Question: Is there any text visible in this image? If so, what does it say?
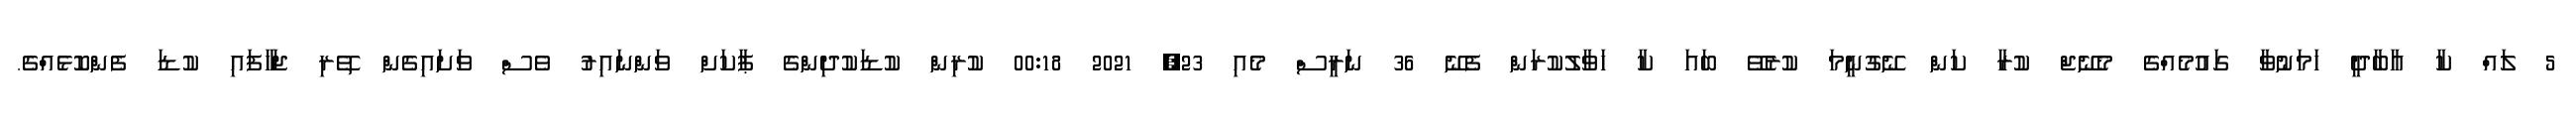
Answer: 5 ލައް ކާ އާބާދީ ހަމަނުވާ ގައުމެއްގެ މެނޭޖް ކުރާ ކަން ނޭގުނީމަ ކުރެވޭ ބައަ ކާ ހަވާލުކުރަން ފެނޭ 36 ނަރީސް މެއި 23, 2021 00:18 ކުރިން ކުޑަކުދިންގެ ޕާކަށް ވަންނައިރު ވެސް ވަށައިގެން ތޭރި ޖަހާފައި ކުޑަ ފެންކޮޅެއްގެ.